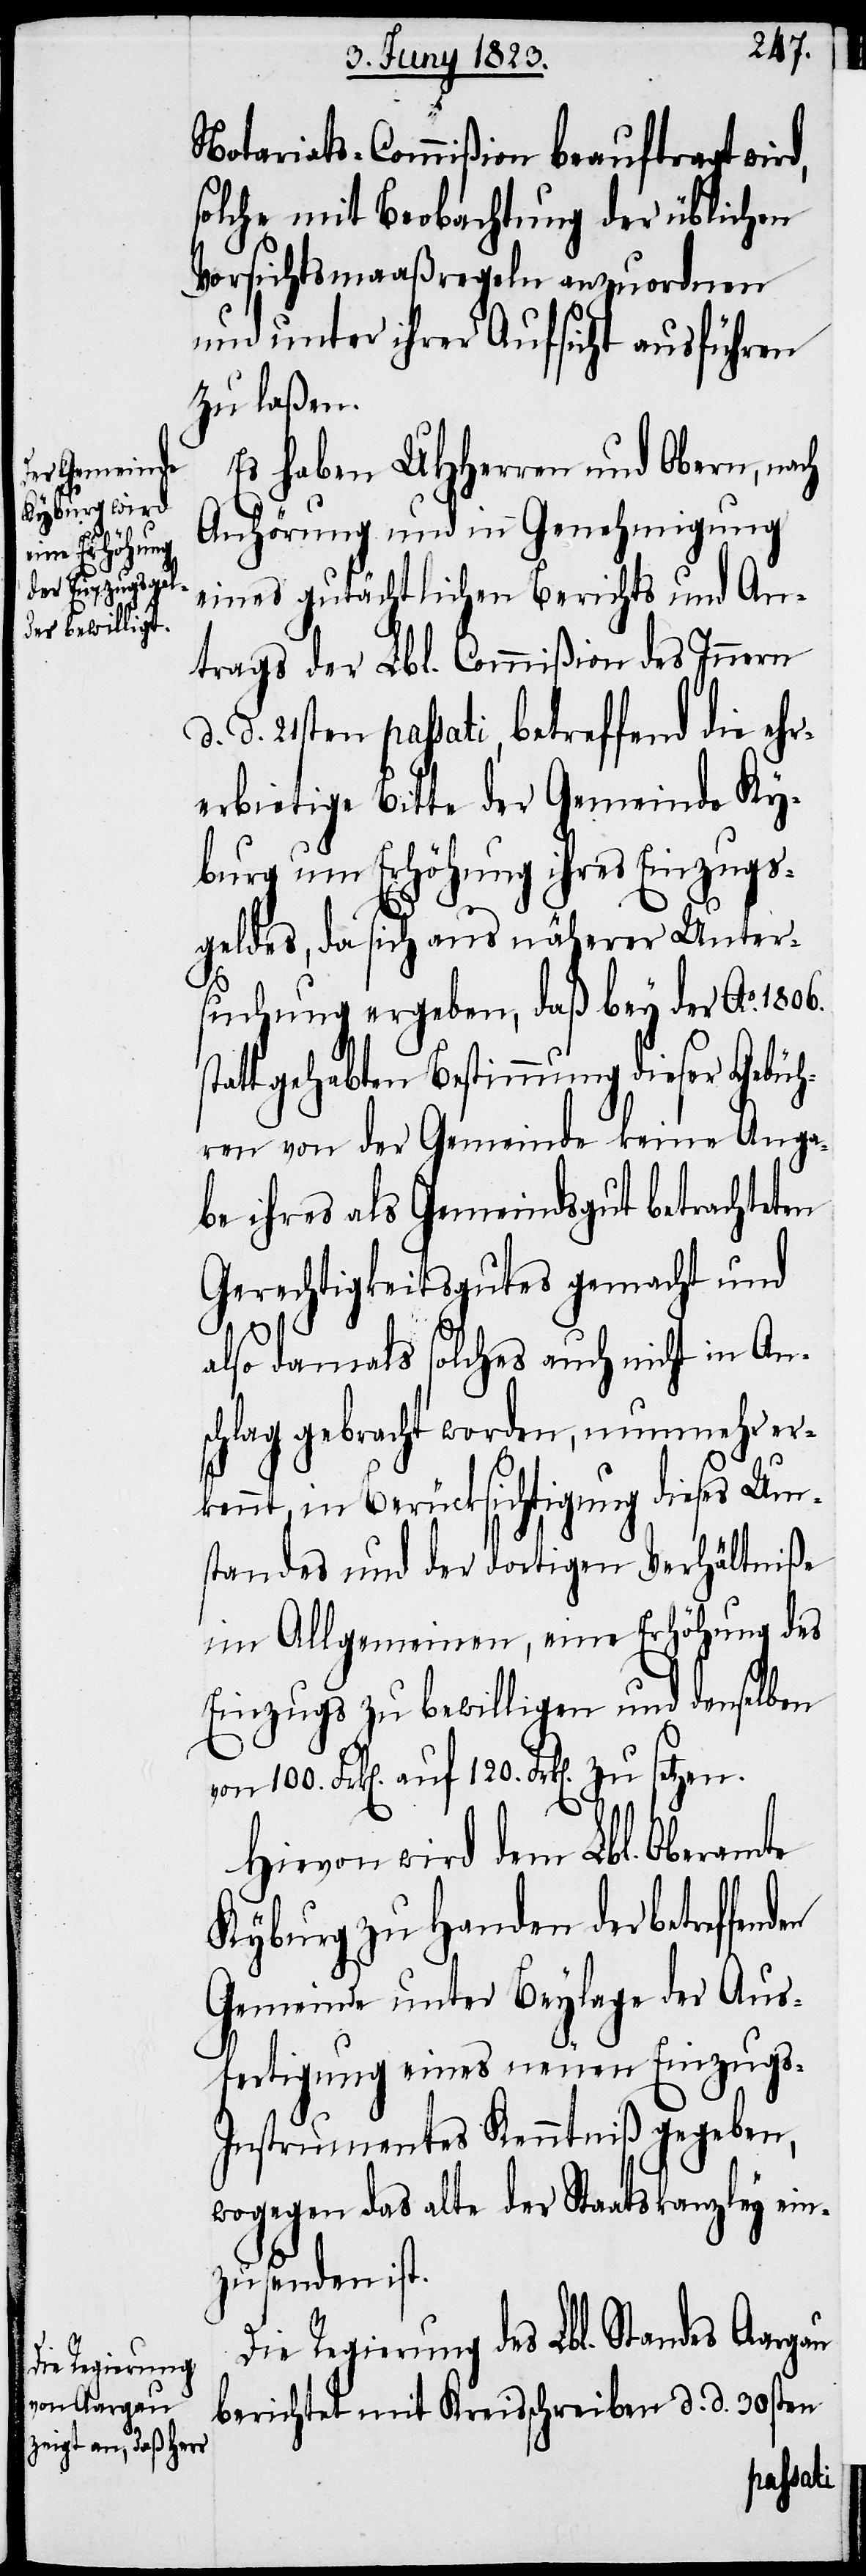
Notariats-Commißion beauftragt wird,
solche mit Beobachtung der üblichen
Vorsichtsmaaßregeln anzuordnen
und unter ihrer Aufsicht ausführen
zu laßen.
Es haben UHHerren und Obern, nach
Anhörung und in Genehmigung
eines gutächtlichen Berichts und An¬
trags der Lbl. Commißion des Innern
d. d. 21sten passati, betreffend die ehr¬
erbietige Bitte der Gemeinde Ky¬
burg um Erhöhung ihres Einzugs¬
geldes, da sich aus näherer Unter¬
suchung ergeben, daß bey der Ao. 1806.
t gehabten Bestimmung dieser Gebüh¬
ren von der Gemeinde keine Anga¬
be ihres als Gemeindsgut betrachteten
Gerechtigkeitsgutes gemacht und
also damals solches auch nicht in An¬
schlag gebracht worden, nunmehr er¬
kennt, in Berücksichtigung dieses Um¬
standes und der dortigen Verhältniße
im Allgemeinen, eine Erhöhung des
Einzugs zu bewilligen und denselben
auf 120. Frk[en]. zu setzen.
Hievon wird dem Lbl. Oberamte
Kyburg zu Handen der betreffenden
Gemeinde unter Beylage der Aus¬
fertigung eines neuen Einzugs-I¬
nstrumentes Kenntniß gegeben,
wogegen das alte der Staatskanzley ein¬
zusenden ist.
Die Regierung des Lbl. Standes Aargau
berichtet mit Kreisschreiben d. d. 30sten
stat¬